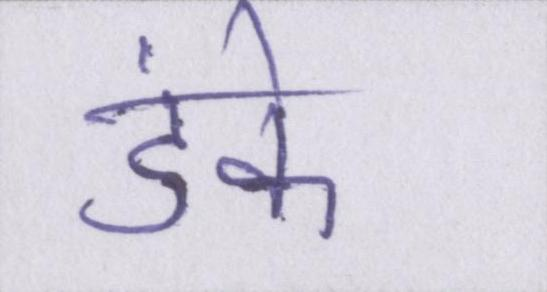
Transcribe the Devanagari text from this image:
डंके